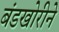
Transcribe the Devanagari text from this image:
बंडखोरीने